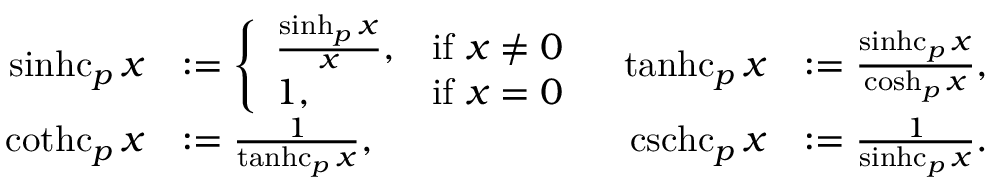
\begin{array} { r l r l } { \operatorname { s i n h c } _ { p } x } & { : = \left\{ \begin{array} { l l } { \frac { \sinh _ { p } x } { x } , } & { \mathrm { i f ~ } x \neq 0 } \\ { 1 , } & { \mathrm { i f ~ } x = 0 } \end{array} \right. } & { \operatorname { t a n h c } _ { p } x } & { : = \frac { \operatorname { s i n h c } _ { p } x } { \cosh _ { p } x } , } \\ { \operatorname { c o t h c } _ { p } x } & { : = \frac { 1 } { \operatorname { t a n h c } _ { p } x } , } & { \operatorname { c s c h c } _ { p } x } & { : = \frac { 1 } { \operatorname { s i n h c } _ { p } x } . } \end{array}